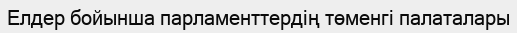
Елдер бойынша парламенттердің төменгі палаталары